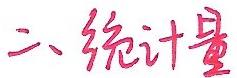
二、统计量